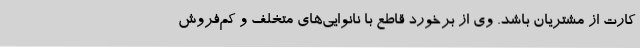
کارت از مشتریان باشد. وی از برخورد قاطع با نانوایی‌های متخلف و کم‌فروش